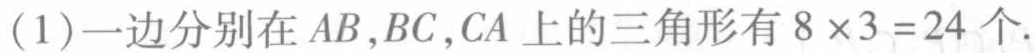
(1)一边分别在 \(AB,BC,CA\) 上的三角形有 \(8\times3 = 24\) 个.